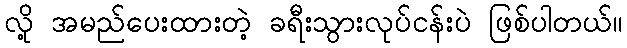
လို့ အမည်ပေးထားတဲ့ ခရီးသွားလုပ်ငန်းပဲ ဖြစ်ပါတယ်။